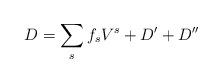
LaTeX: \begin{align*} D=\sum_s f_s V^s +D'+D''\end{align*}